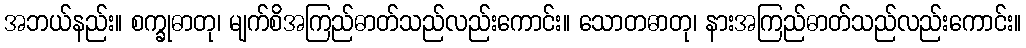
အဘယ်နည်း။ စက္ခုဓာတု၊ မျက်စိအကြည်ဓာတ်သည်လည်းကောင်း။ သောတဓာတု၊ နားအကြည်ဓာတ်သည်လည်းကောင်း။